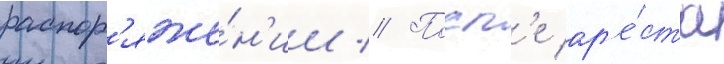
распор'яже́н'ии // Посл'е ар'е́ста